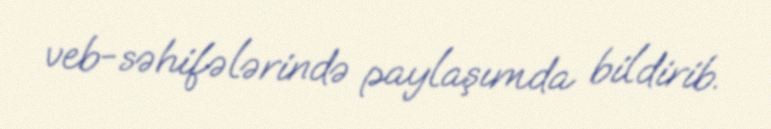
veb-səhifələrində paylaşımda bildirib.